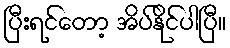
ပြီးရင်တော့ အိပ်နိုင်ပါပြီ။